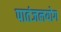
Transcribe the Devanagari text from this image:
पातंजलयोग